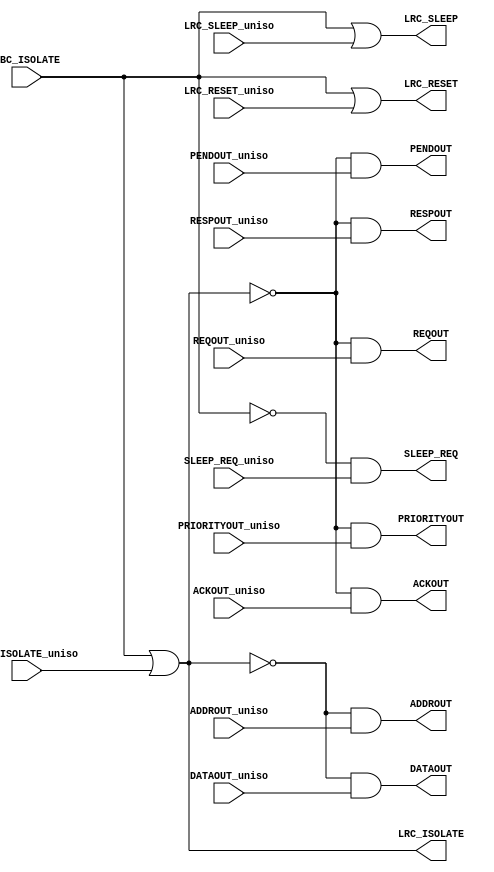
module lc_mbc_iso
  (
   //**************************************
   //Power Domain
   //Input  - Always On
   //Output - N/A
   //**************************************
   //Signals
   //Input
   MBC_ISOLATE,
   // LC --> MBC
   //Input
   ADDROUT_uniso,	
   DATAOUT_uniso,	
   PENDOUT_uniso,	
   REQOUT_uniso,	
   PRIORITYOUT_uniso,	
   ACKOUT_uniso,	
   RESPOUT_uniso,	
   //Output
   ADDROUT,		// ISOL value = Low
   DATAOUT,		// ISOL value = Low
   PENDOUT,		// ISOL value = Low
   REQOUT, 		// ISOL value = Low
   PRIORITYOUT,		// ISOL value = Low
   ACKOUT,		// ISOL value = Low
   RESPOUT,		// ISOL value = Low
   // MBC --> LC
   //Input
   LRC_SLEEP_uniso,
   LRC_RESET_uniso,
   LRC_ISOLATE_uniso,
   //Output
   LRC_SLEEP,		// ISOL value = High
   LRC_RESET,		// ISOL value = High
   LRC_ISOLATE,		// ISOL value = High
   // MBC --> SC
   //Input
   SLEEP_REQ_uniso,
   //Output
   SLEEP_REQ		// ISOL value = Low
   );

   //Input
   input         MBC_ISOLATE;
   // LC --> MBC
   //Input
   input [31:0]  ADDROUT_uniso;
   input [31:0]  DATAOUT_uniso;
   input 	 PENDOUT_uniso;
   input 	 REQOUT_uniso;
   input 	 PRIORITYOUT_uniso;
   input 	 ACKOUT_uniso;
   input 	 RESPOUT_uniso;
   //Output
   output [31:0] ADDROUT;
   output [31:0] DATAOUT;
   output 	 PENDOUT;
   output 	 REQOUT;
   output 	 PRIORITYOUT;
   output 	 ACKOUT;
   output 	 RESPOUT;
   // MBC --> LC
   //Input
   input 	 LRC_SLEEP_uniso;
   input 	 LRC_RESET_uniso;
   input 	 LRC_ISOLATE_uniso;
   //Output
   output 	 LRC_SLEEP;
   output 	 LRC_RESET;
   output 	 LRC_ISOLATE;
   // MBC --> SC
   input 	 SLEEP_REQ_uniso;
   output 	 SLEEP_REQ;

   // LC --> MBC
   assign 	 ADDROUT     = ~LRC_ISOLATE & ADDROUT_uniso;
   assign 	 DATAOUT     = ~LRC_ISOLATE & DATAOUT_uniso;
   assign 	 PENDOUT     = ~LRC_ISOLATE & PENDOUT_uniso;
   assign 	 REQOUT      = ~LRC_ISOLATE & REQOUT_uniso;
   assign 	 PRIORITYOUT = ~LRC_ISOLATE & PRIORITYOUT_uniso;
   assign 	 ACKOUT      = ~LRC_ISOLATE & ACKOUT_uniso;
   assign 	 RESPOUT     = ~LRC_ISOLATE & RESPOUT_uniso;
   // MBC --> LC
   assign 	 LRC_SLEEP   =  MBC_ISOLATE | LRC_SLEEP_uniso;
   assign 	 LRC_RESET   =  MBC_ISOLATE | LRC_RESET_uniso;
   assign 	 LRC_ISOLATE =  MBC_ISOLATE | LRC_ISOLATE_uniso;
   // MBC --> SC
   assign 	 SLEEP_REQ   = ~MBC_ISOLATE & SLEEP_REQ_uniso;
   
endmodule